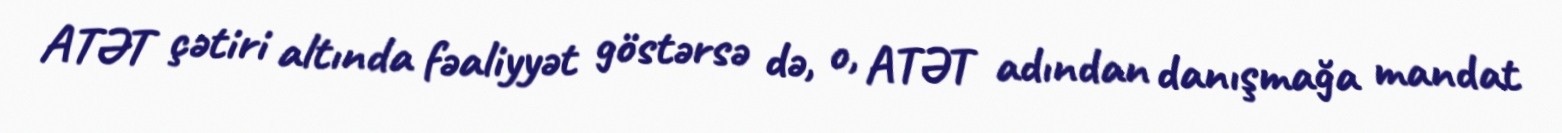
ATƏT çətiri altında fəaliyyət göstərsə də, o, ATƏT adından danışmağa mandat